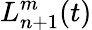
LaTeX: L_{n+1}^{m}(t)